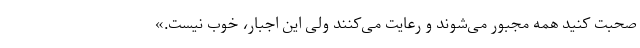
صحبت کنید همه مجبور می‌شوند و رعایت می‌کنند ولی این اجبار، خوب نیست.»